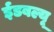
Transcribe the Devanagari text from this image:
ईडबल्यू